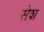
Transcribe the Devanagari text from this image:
सेश